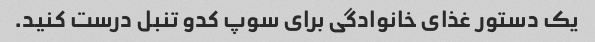
یک دستور غذای خانوادگی برای سوپ کدو تنبل درست کنید.